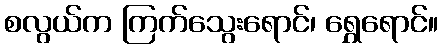
စလွယ်က ကြက်သွေးရောင်၊ ရွှေရောင်။